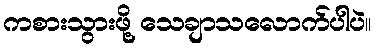
ကစားသွားဖို့ သေချာသလောက်ပါပဲ။